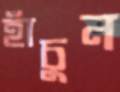
হাঁচুন